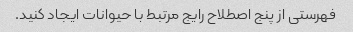
فهرستی از پنج اصطلاح رایج مرتبط با حیوانات ایجاد کنید.